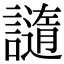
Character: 䜔